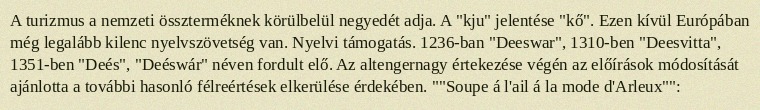
A turizmus a nemzeti összterméknek körülbelül negyedét adja. A "kju" jelentése "kő". Ezen kívül Európában még legalább kilenc nyelvszövetség van. Nyelvi támogatás. 1236-ban "Deeswar", 1310-ben "Deesvitta", 1351-ben "Deés", "Deéswár" néven fordult elő. Az altengernagy értekezése végén az előírások módosítását ajánlotta a további hasonló félreértések elkerülése érdekében. ""Soupe á l'ail á la mode d'Arleux"":